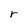
Character: r